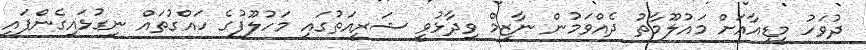
ދުވަހު މީޑިއާއަށް މައުލޫމާތު ދެއްވަމުން ނާޒިމް ވިދާޅުވީ ޝަރީއަތުގައި މަހުލޫފުގެ ހައްގުތައް ނިގުޅައިގެންފައި